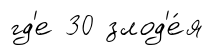
гд'е 30 злод'е́я